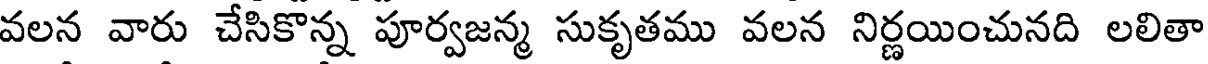
వలన వారు చేసికొన్న పూర్వజన్మ సుకృతము వలన నిర్ణయించునది లలితా